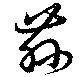
茲